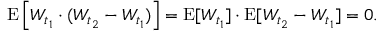
\operatorname { E } \left[ W _ { t _ { 1 } } \cdot ( W _ { t _ { 2 } } - W _ { t _ { 1 } } ) \right] = \operatorname { E } [ W _ { t _ { 1 } } ] \cdot \operatorname { E } [ W _ { t _ { 2 } } - W _ { t _ { 1 } } ] = 0 .